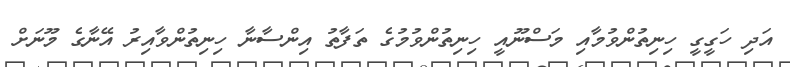
އަދި ހަގީގީ ހިނިތުންވުމާއި މަސްނޫއީ ހިނިތުންވުމުގެ ތަފާތު އިންސާނާ ހިނިތުންވާއިރު އޭނާގެ މޫނަށް